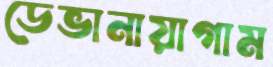
ডেভানায়াগাম